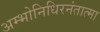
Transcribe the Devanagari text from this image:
अम्भोनिधिरनंतात्मा